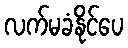
လက်မခံနိုင်ပေ